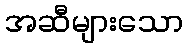
အဆီများသော